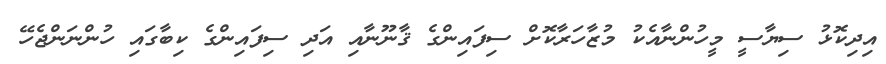
އިދިކޮޅު ސިޔާސީ މީހުންނާއެކު މުޒާހަރާކޮށް ސިފައިންގެ ޤާނޫނާއި އަދި ސިފައިންގެ ކިބާގައި ހުންނަންޖެހޭ